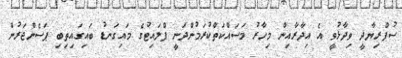
ސުޕްރިޔާދީ ވިދާޅުވީ އެ އިދާރާއިން މިހާރު މަސައްކަތްކުރަމުންދަނީ ފްލައިޓުގެ މައިގަނޑު ބައިގައިތިބި ޕަސެންޖަރުން